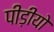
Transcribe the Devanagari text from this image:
पीड़ीयो